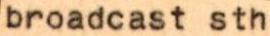
broadcast sth